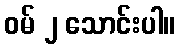
ဝမ် ၂ သောင်းပါ။